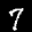
Label: 7